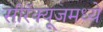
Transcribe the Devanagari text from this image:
सीरॅक्यूजमध्ये